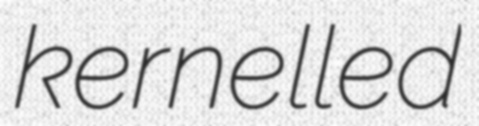
kernelled